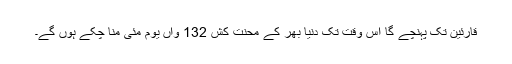
قارئین تک پہنچے گا اس وقت تک دنیا بھر کے محنت کش 132 واں یوم مئی منا چکے ہوں گے۔